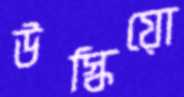
উস্‌কিয়ো